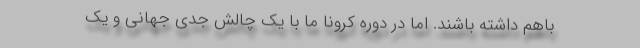
باهم داشته باشند. اما در دوره کرونا ما با یک چالش جدی جهانی و یک